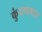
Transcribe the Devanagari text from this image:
कुंदणगार